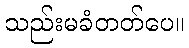
သည်းမခံတတ်ပေ။